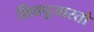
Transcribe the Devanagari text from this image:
शिवपूजारतो